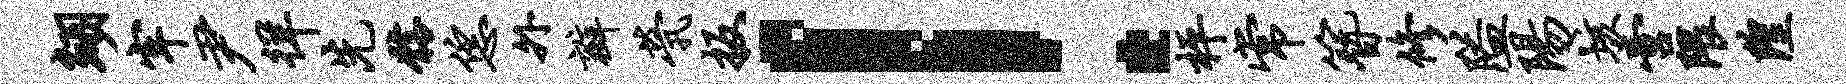
翊牢尹徉先髂恁外瓣茕扳！枰常簪修隘阳垓啻隈隍